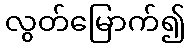
လွတ်မြောက်၍